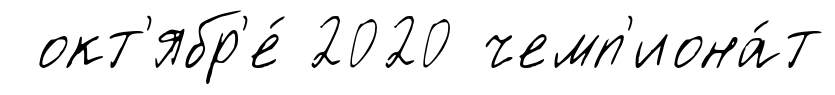
окт'ябр'е́ 2020 чемп'иона́т